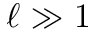
\ell \gg 1